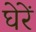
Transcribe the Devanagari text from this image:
घेरें